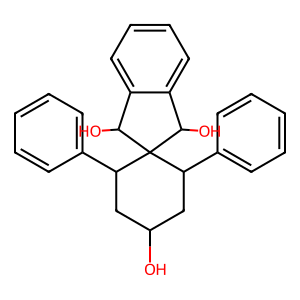
SMILES: OC1CC(c2ccccc2)C2(C(O)c3ccccc3C2O)C(c2ccccc2)C1
Inhibits HIV replication: No